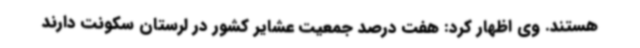
هستند. وی اظهار کرد: هفت درصد جمعیت عشایر کشور در لرستان سکونت دارند